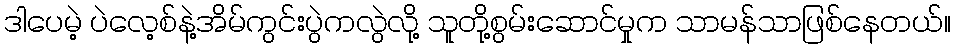
ဒါပေမဲ့ ပဲလေ့စ်နဲ့အိမ်ကွင်းပွဲကလွဲလို့ သူတို့စွမ်းဆောင်မှုက သာမန်သာဖြစ်နေတယ်။